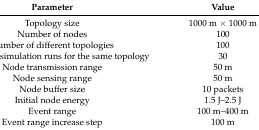
| Parameter | Value |
 | --- | --- |
 | Topology size | 1000 m × 1000 m |
 | Number of nodes | 100 |
 | Number of different topologies | 100 |
 | Number of simulation runs for the same topology | 30 |
 | Node transmission range | 50 m |
 | Node sensing range | 50 m |
 | Node buffer size | 10 packets |
 | Initial node energy | 1.5 J–2.5 J |
 | Event range | 100 m–400 m |
 | Event range increase step | 100 m |